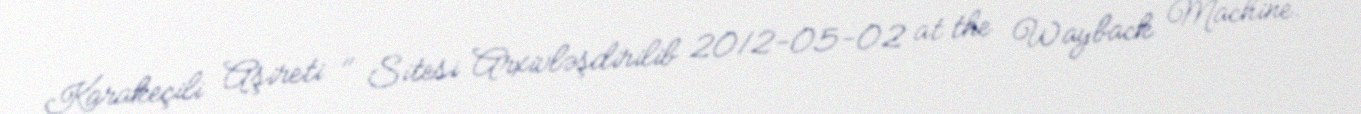
Karakeçili Aşireti " Sitesi Arxivləşdirilib 2012-05-02 at the Wayback Machine.